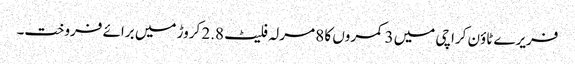
فریرے ٹاؤن کراچی میں 3 کمروں کا 8 مرلہ فلیٹ 2.8 کروڑ میں برائے فروخت۔